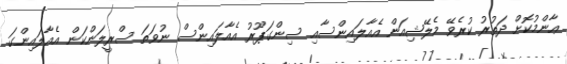
ޢާންމުކޮށް ދަތުރު ކުރެވޭ މެލޭޝިއަން އެއާލައިންސާއި ސިންގަޕޫރު އެއާލައިންސް ނުވަތަ ސްރީލަންކަން އެއާލައިންގަ